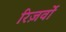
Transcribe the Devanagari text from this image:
रिज़र्वों